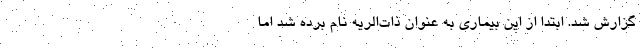
گزارش شد. ابتدا از این بیماری به عنوان ذات‌الریه نام برده شد اما